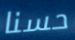
حسنا